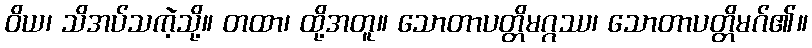
ဝိယ၊ သိအပ်သကဲ့သို့။ တထာ၊ ထို့အတူ။ သောတာပတ္တိမဂ္ဂဿ၊ သောတာပတ္တိမဂ်၏။